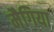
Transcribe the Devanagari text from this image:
मैगिया